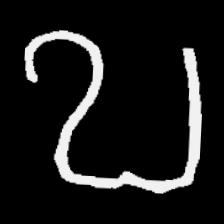
Pyu character \u2014 Myanmar letter: ဎ (romanized: ddha)